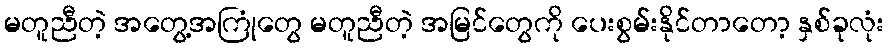
မတူညီတဲ့ အတွေ့အကြုံတွေ မတူညီတဲ့ အမြင်တွေကို ပေးစွမ်းနိုင်တာတော့ နှစ်ခုလုံး